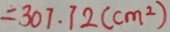
= 3 0 7 . 7 2 ( c m ^ { 2 } )